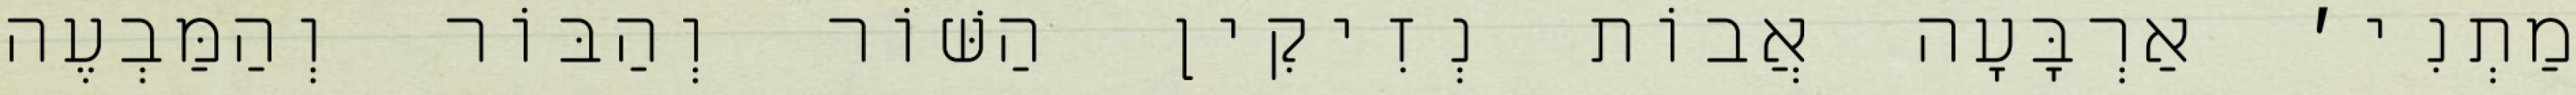
מַתְנִי׳ אַרְבָּעָה אֲבוֹת נְזִיקִין הַשּׁוֹר וְהַבּוֹר וְהַמַּבְעֶה